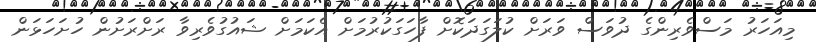
މިއަހަރު މަސްވެރިންގެ ދުވަސް ވަރަށް ކުލަގަދަކޮށް ފާހަގަކުރުމަށް އެކަމަށް ޝައުގުވެރިވާ ރަށްރަށުން ހުށަހަޅަން